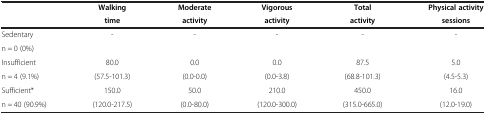
| <ROWSPAN=2>  | Walking | Moderate | Vigorous | Total | Physical activity |
 | time | activity | activity | activity | sessions |
 | --- | --- | --- | --- | --- | --- |
 | Sedentary | <ROWSPAN=2> - | <ROWSPAN=2> - | <ROWSPAN=2> - | <ROWSPAN=2> - | <ROWSPAN=2> - |
 | n = 0 (0%) |
 | Insufficient | 80.0 | 0.0 | 0.0 | 87.5 | 5.0 |
 | n = 4 (9.1%) | (57.5-101.3) | (0.0-0.0) | (0.0-3.8) | (68.8-101.3) | (4.5-5.3) |
 | Sufficient* | 150.0 | 50.0 | 210.0 | 450.0 | 16.0 |
 | n = 40 (90.9%) | (120.0-217.5) | (0.0-80.0) | (120.0-300.0) | (315.0-665.0) | (12.0-19.0) |